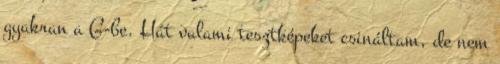
gyakran a G-be. Hát valami tesztképeket csináltam, de nem